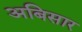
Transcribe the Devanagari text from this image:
अबिसार